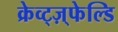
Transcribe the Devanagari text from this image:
क्रेव्ट्ज़्फेल्डि